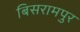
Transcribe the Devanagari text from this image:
बिसरामपुर